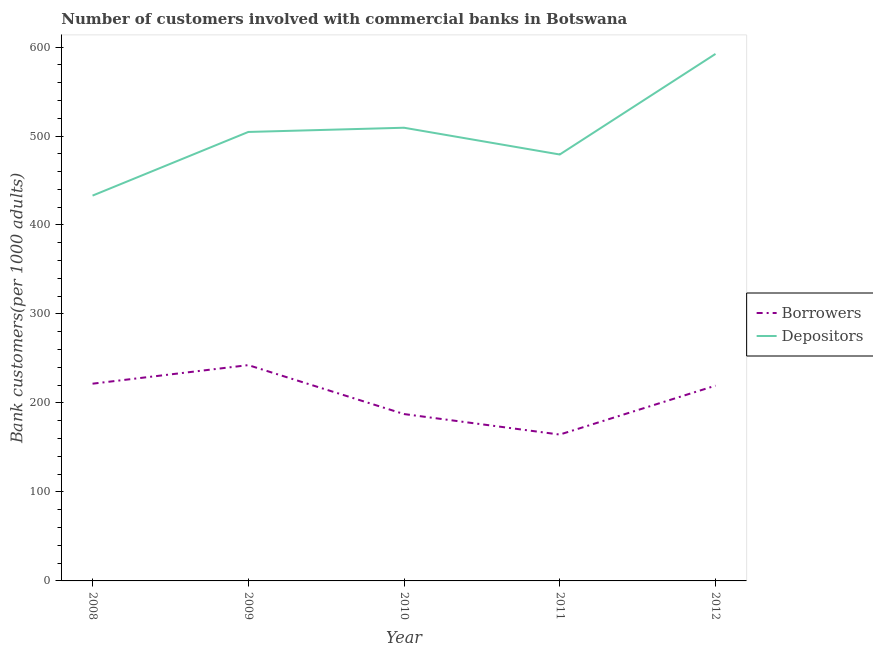
| Year | Borrowers | Depositors |
 | --- | --- | --- |
 | 2008 | 222 | 433 |
 | 2009 | 243 | 505 |
 | 2010 | 188 | 509 |
 | 2011 | 164 | 479 |
 | 2012 | 219 | 592 |